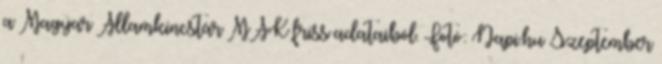
a Magyar Államkincstár MÁK friss adataiból. Fotó: Napi.hu Szeptember